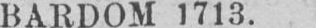
BAKDOM 1713.